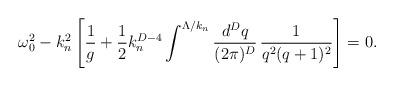
LaTeX: \begin{align*}\omega_0^2-k_n^2\left[{1\over g}+{1\over2}k_n^{D-4}\int^{\Lambda/k_n}{d^Dq\over(2\pi)^D}\,{1\over q^2(q+1)^2}\right]=0.\end{align*}